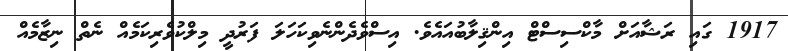
1917 ގައި ރަޝާއަށް މާކްސިސްޓް އިންޤިލާބުއައެވެ. އިސްވެދެންނެވިކަހަލަ ފަރުދީ މިލްކުވެރިކަމެއް ނެތް ނިޒާމެއް